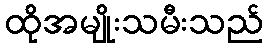
ထိုအမျိုးသမီးသည်